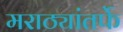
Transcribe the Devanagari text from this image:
मराठ्यांतर्फे